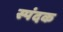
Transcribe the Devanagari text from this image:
स्पंदक